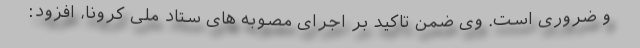
و ضروری است. وی ضمن تاکید بر اجرای مصوبه های ستاد ملی کرونا، افزود: